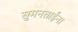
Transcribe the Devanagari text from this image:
सुमनताईंना